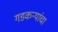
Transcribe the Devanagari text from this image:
गडकऱ्यांचा